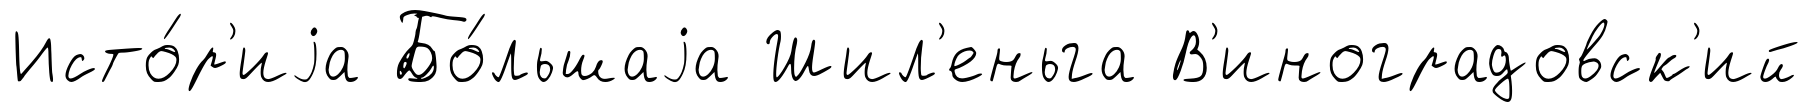
Исто́р'иjа Бо́льшаjа Шил'еньга В'иноградовск'ий